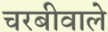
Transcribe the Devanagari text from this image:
चरबीवाले